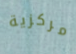
مركزية